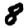
Digit: 8